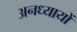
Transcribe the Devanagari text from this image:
अनध्यायों